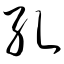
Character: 孔